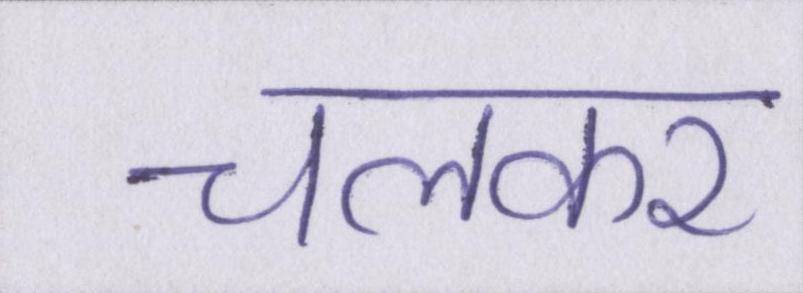
चलकर